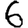
Digit: 6